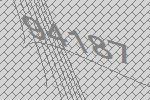
94187